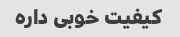
کیفیت خوبی داره